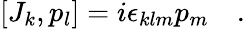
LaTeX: [J_{k},p_{l}]=i\epsilon_{klm}p_{m}~~~~.